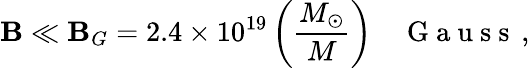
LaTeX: \mathbf{B}\ll\mathbf{B}_{G}=2.4\times10^{19}\left(\frac{{M_{\odot}}}{{M}}\right)\quad\mathrm{{~G~a~u~s~s~}}\, ,